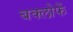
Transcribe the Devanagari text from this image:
बक्लोफें